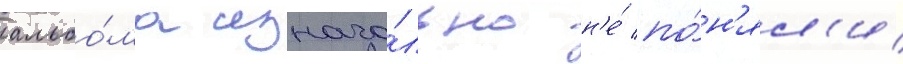
альбо́ма изнача́льно н'е́ по́н'ял'и